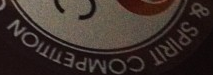
& SPIRIT COMPETITION